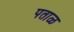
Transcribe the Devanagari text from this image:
पताळ